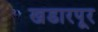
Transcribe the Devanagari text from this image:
खडारपूर